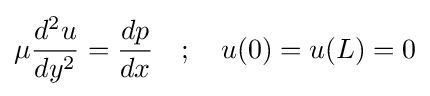
\mu {\frac {d^{2}u}{dy^{2}}}={\frac {dp}{dx}}\quad ;\quad u(0)=u(L)=0